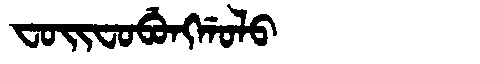
Manchu: ᠸᠣᡳᠸᠣᠪᡠᠩᡤᠣᠯᠣ
Romanization: FOIFOBUNGGOLO